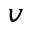
^ { v }